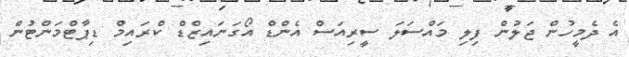
އެ ދެމީހުން ޖަލުން ފިލި މައްސަލަ ސީރިއަސް އެންޑް އޯގަނައިޒްޑް ކްރައިމް ޑިޕާޓްމަންޓުން